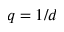
q = 1 / d